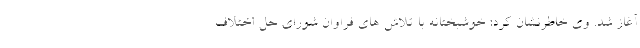
آغاز شد. وی خاطرنشان کرد: خوشبختانه با تلاش های فراوان شورای حل اختلاف